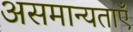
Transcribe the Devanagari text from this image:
असमान्यताएँ